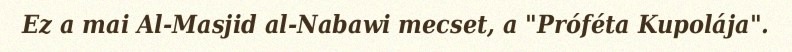
Ez a mai Al-Masjid al-Nabawi mecset, a "Próféta Kupolája".